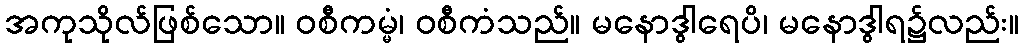
အကုသိုလ်ဖြစ်သော။ ဝစီကမ္မံ၊ ဝစီကံသည်။ မနောဒွါရေပိ၊ မနောဒွါရ၌လည်း။